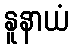
နူနာယံ